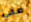
علي